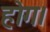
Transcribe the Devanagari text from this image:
होग।